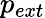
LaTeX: p_{ext}